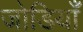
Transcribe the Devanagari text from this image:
जोडियाँ